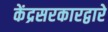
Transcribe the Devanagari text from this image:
केंद्रसरकारद्वारे